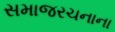
સમાજરચનાના